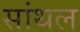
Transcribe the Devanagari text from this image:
सांथल